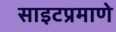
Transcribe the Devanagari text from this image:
साइटप्रमाणे